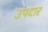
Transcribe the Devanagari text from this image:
उपदार